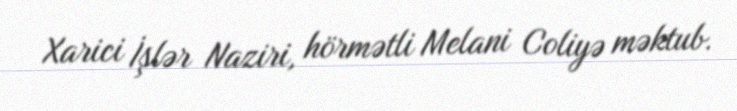
Xarici İşlər Naziri, hörmətli Melani Coliyə məktub.